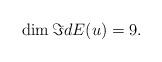
LaTeX: \begin{align*} \dim \Im dE(u)= 9. \end{align*}